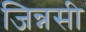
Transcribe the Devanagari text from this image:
जिन्नसी